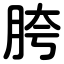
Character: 胯